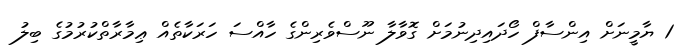
1 ޔާމީނަށް އިންސާފް ހޯދައިދިނުމަށް ގޮވާލާ ނޫސްވެރިންގެ ހާއްސަ ހަރަކާތެއް ޢިމާރާތްކުރުމުގެ ބިލު